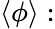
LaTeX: \langle\phi\rangle: